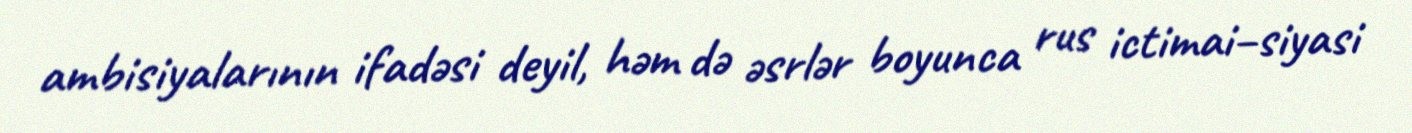
ambisiyalarının ifadəsi deyil, həm də əsrlər boyunca rus ictimai–siyasi